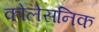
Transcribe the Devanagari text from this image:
कोलेसनिक